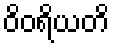
ဝိဝရိယတိ